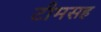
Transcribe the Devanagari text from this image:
टीमसह